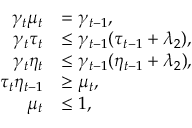
\begin{array} { r l } { \gamma _ { t } \mu _ { t } } & { = \gamma _ { t - 1 } , } \\ { \gamma _ { t } \tau _ { t } } & { \leq \gamma _ { t - 1 } ( \tau _ { t - 1 } + \lambda _ { 2 } ) , } \\ { \gamma _ { t } \eta _ { t } } & { \leq \gamma _ { t - 1 } ( \eta _ { t - 1 } + \lambda _ { 2 } ) , } \\ { \tau _ { t } \eta _ { t - 1 } } & { \geq \mu _ { t } , } \\ { \mu _ { t } } & { \leq 1 , } \end{array}